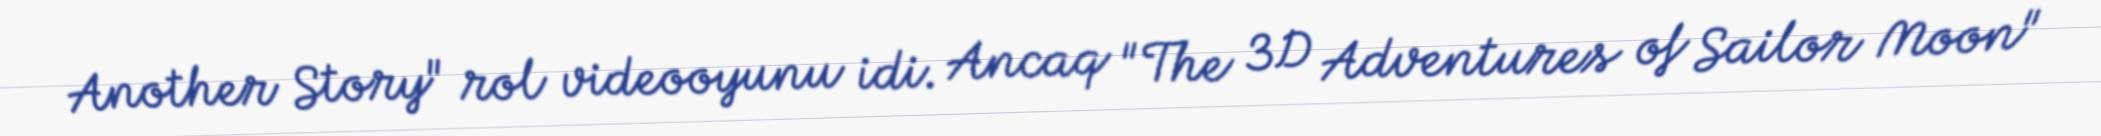
Another Story" rol videooyunu idi. Ancaq "The 3D Adventures of Sailor Moon"